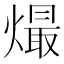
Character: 熶